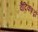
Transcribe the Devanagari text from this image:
वैदिकशब्दों